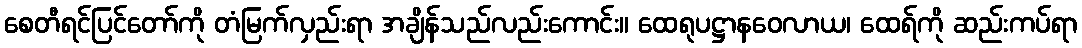
စေတီရင်ပြင်တော်ကို တံမြက်လှည်းရာ အချိန်သည်လည်းကောင်း။ ထေရုပဋ္ဌာနဝေလာယ၊ ထေရ်ကို ဆည်းကပ်ရာ